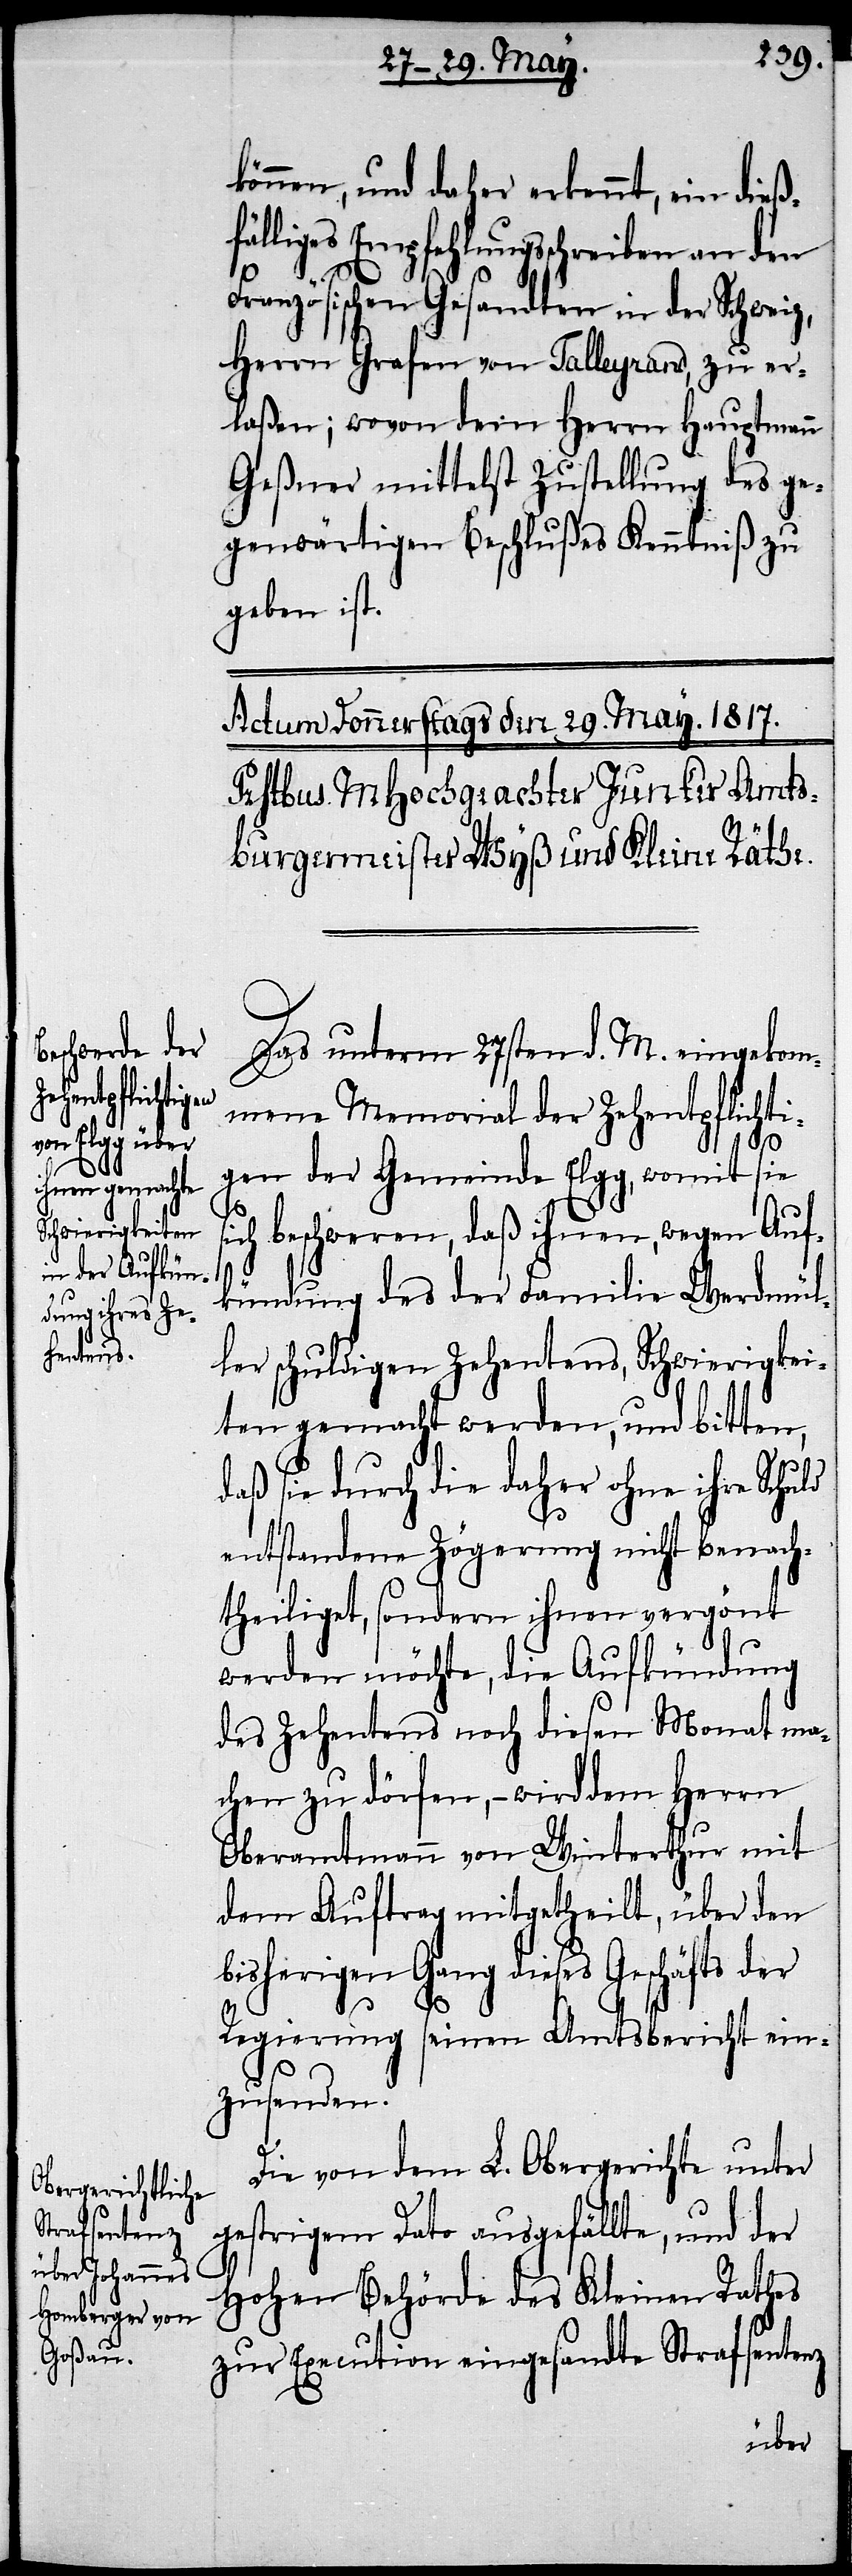
können, und daher erkennt, ein dieß¬
fälliges Empfehlungsschreiben an den
si¬
Französischen Gesandten in der Schweiz,
Herrn Grafen von Talleyrand, zu er¬
laßen; wovon dem Herrn Hauptmann
Geßner mittelst Zustellung des ge¬
genwärtigen Beschlußes Kenntniß zu
geben ist.
Das unterm 27sten d. M. eingelan¬
gene Memorial der Zehentpflichti¬
gen der Gemeinde Elgg, womit sie
ch beschweren, daß ihnen, wegen Auf¬
kündung des der Familie Werdmül¬
ler schuldigen Zehentens, Schwierigkei¬
ten gemacht werden, und bitten,
daß sie durch die daher ohne ihre Schuld
entstandene Zögerung nicht benach¬
theiliget, sondern ihnen vergönt
werden möchte, die Aufkündung
des Zehentens noch diesen Monat ma¬
chen zu dörfen, – wird dem Herrn
Oberamtmann von Winterthur mit
dem Auftrag ertheilt, über den
bisherigen Gang dieses Geschäfts der
Regierung seinen Amtsbericht ein¬
zusenden.
Die von dem L. Obergerichte unter
gestrigem Dato ausgefällte, und der
Hohen Behörde des Kleinen Rathes
zur Execution eingesandte Strafsentenz